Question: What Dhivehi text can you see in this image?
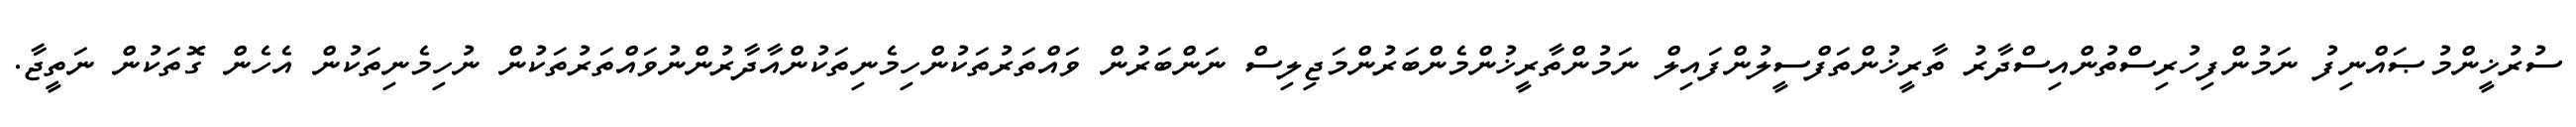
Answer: ސުރުޚީންމުޞައްނިފު ނަމުންފިހުރިސްތުންއިސްދާރު ތާރީޚުންތަފްސީލުންފައިލް ނަމުންތާރީޚުންމެންބަރުންމަޖިލިސް ނަންބަރުން ވައްތަރުތަކުންހިމެނިތަކުންއާދާރުންނުވައްތަރުތަކުން ނުހިމެނިތަކުން އެހެން ގޮތަކުން ނަތީޖާ.